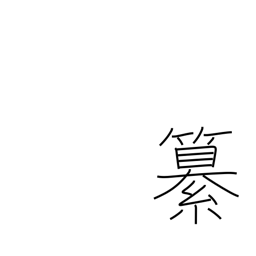
Meaning: editing